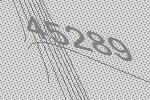
45289